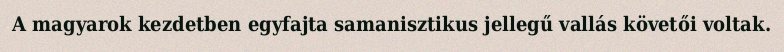
A magyarok kezdetben egyfajta samanisztikus jellegű vallás követői voltak.